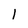
Character: 1